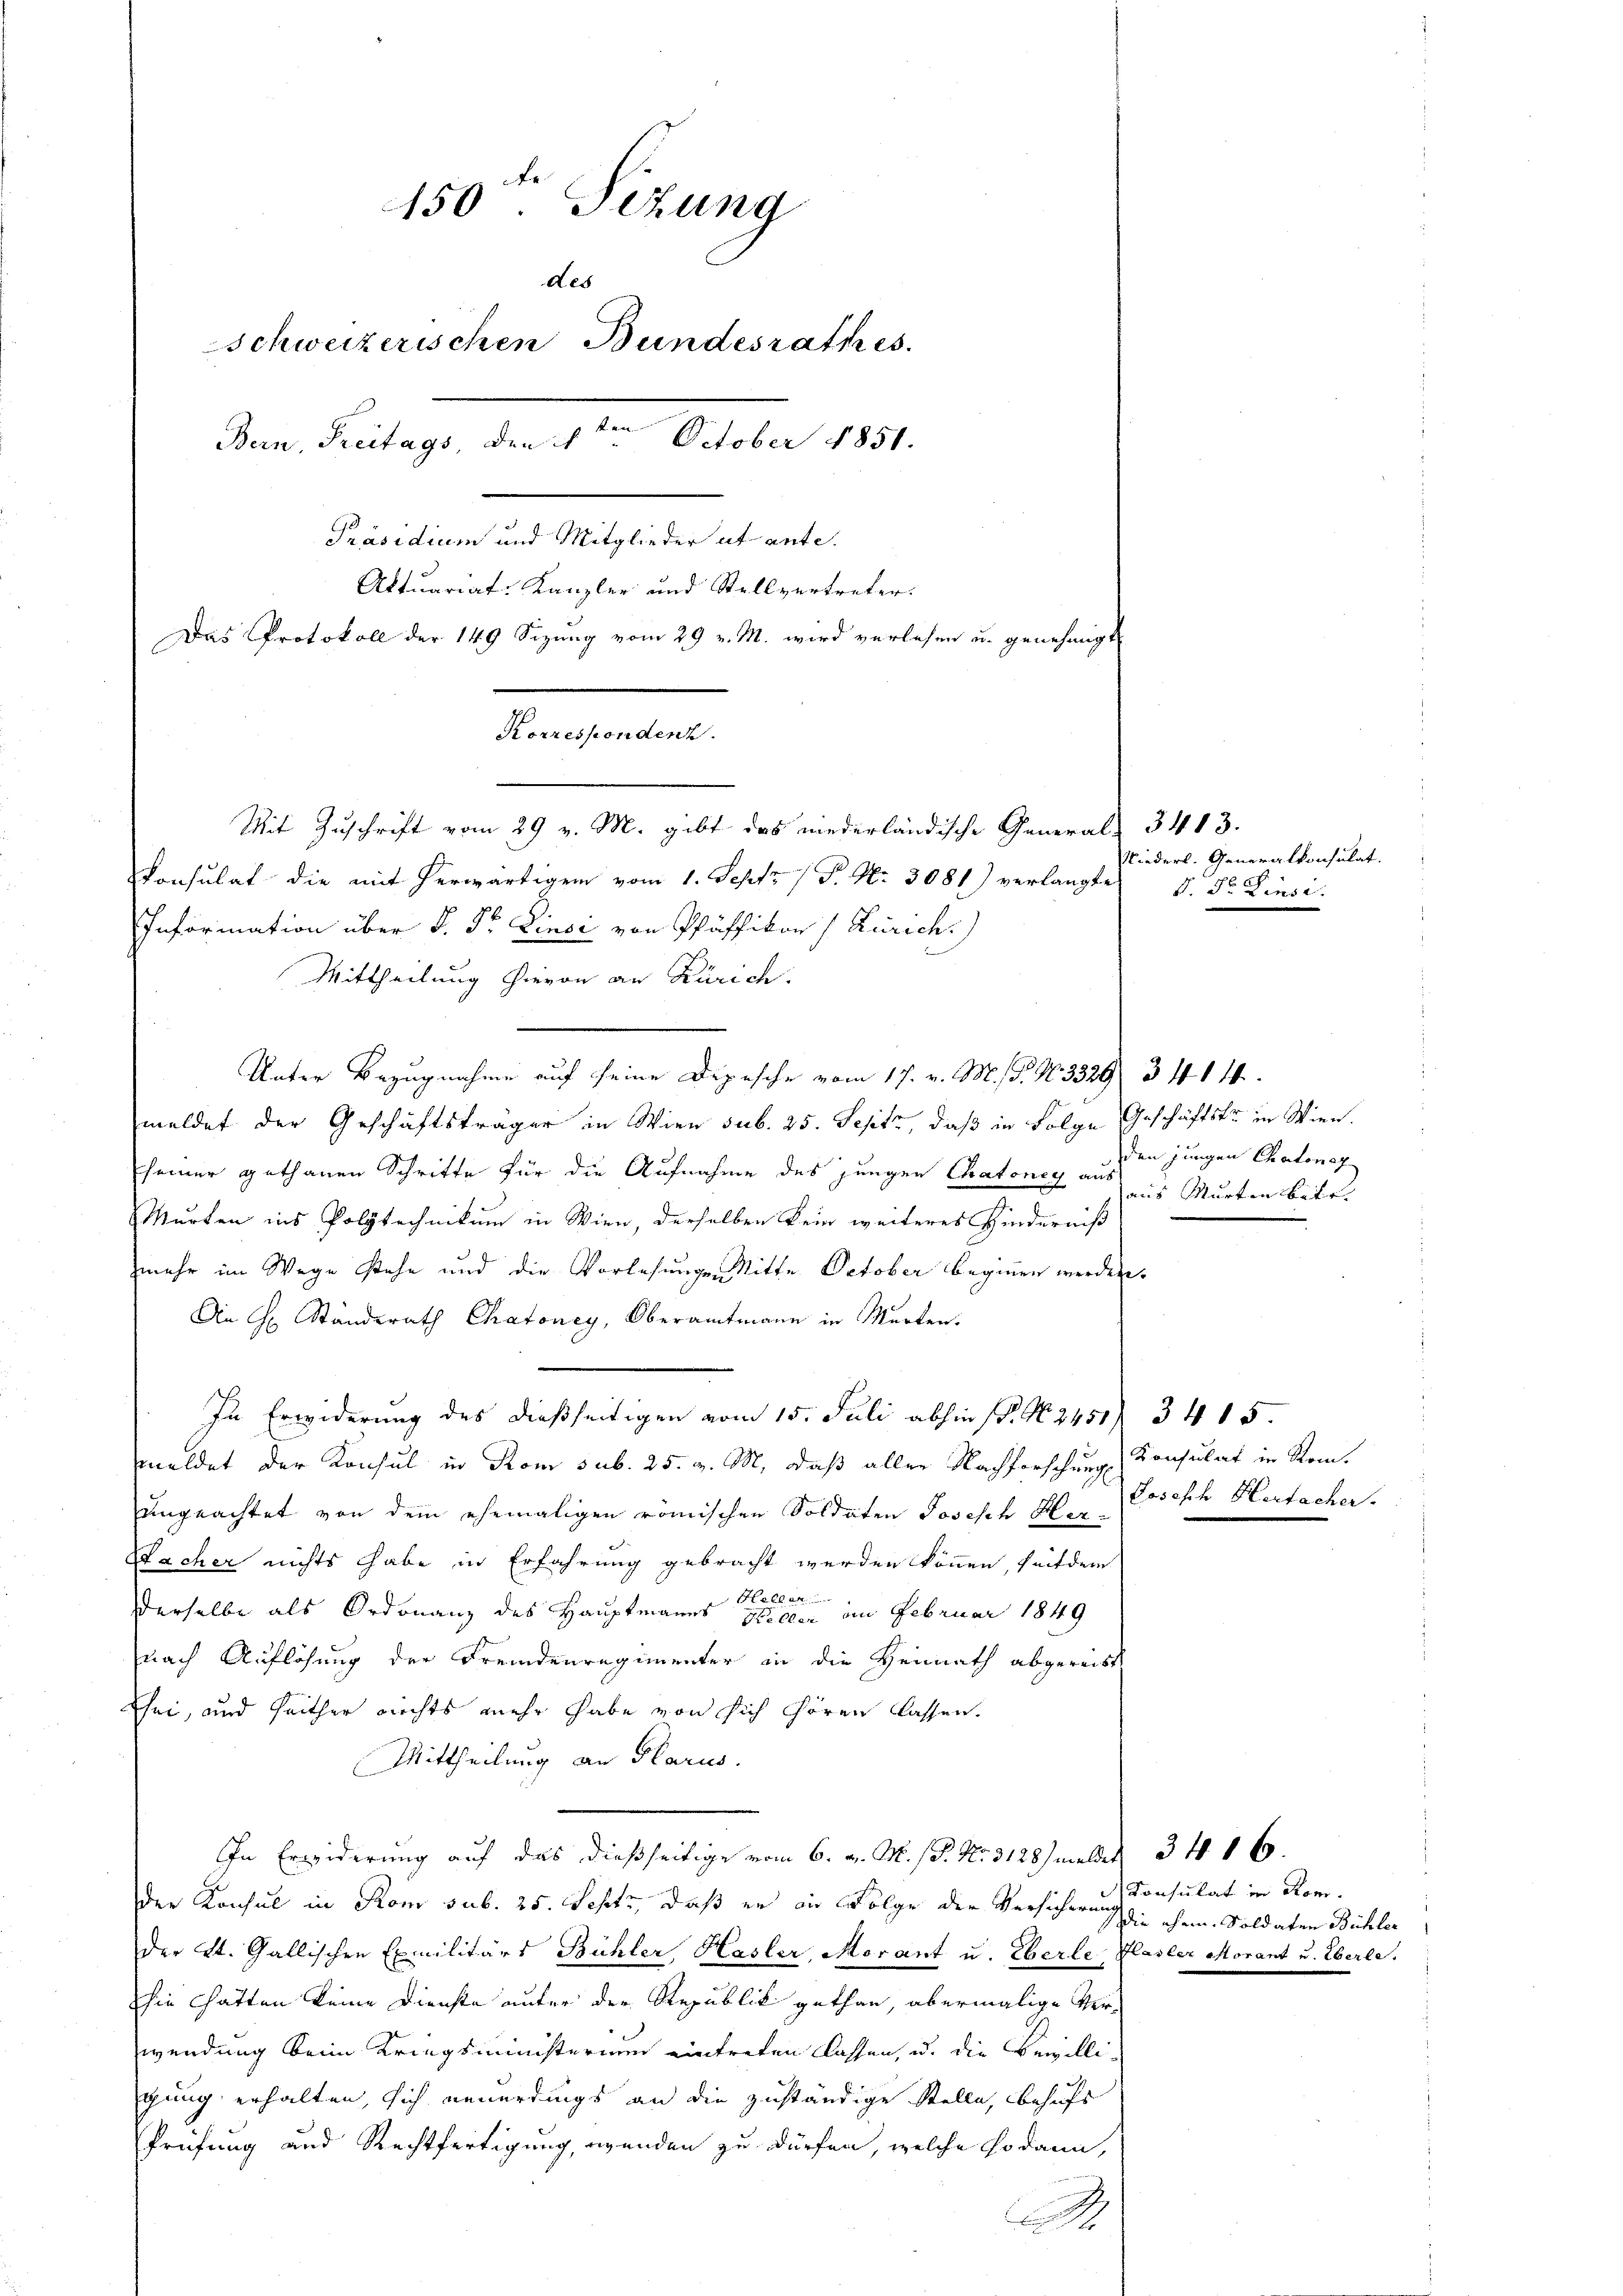
150ten Sizung
des
Schweizerischen Bundesrathes.
den Deutung, der den October 1891.
Präsidium und Mitglieder et ante.
Aktuariat-Kanzler und Stellvertreter:
Das Protokoll der 149 Sizung vom 29 v. M. wird verlesen u. genehmigt

Korrespondenz
Mit Zuschrift vom 29 v. M. gibt das niederländische General- 3413.

Konsulat die mit herwärtigen vom 1. Sept. 1 P. Nr. 3081) verlangte S. Sr. Einsi
Information über d. Dr. Einsi von Pfäffikon (Zürich.)
Mittheilung hievon an Zürich.
Unter Bezugnahme auf seine Depesche vom 17. v. M. G. No. 3329/ 3414.
meldet der Geschäftsträger in Wien sub. 25. Septz, daß in Folge Geschäftsfr. in Wien.
seiner gethanen Schritte für die Aufnahme des jungen Chatoney aus
Murten ins Polytechnikum in Wien, derselben kein weiteres Hinderniß
mehr im Wege stehe und die Vorlesungen Mitte October beginnen werden.
Die H. Standsrath Chatoney, Oberamtmann in Marten.
In Erwiderung des dießseitigen vom 15. Juli abhin (P. N. 2451 34 15.
meldet der Konsul in Rom sub. 25. v. M., daß aller Nachforschung
ungeachtet von dem ehemaligen römischen Soldaten Joseph Her¬
Sacher nichts habe in Erfahrung gebracht werden können, seitdem
Heller
derselbe als Ordonanz des Hauptmanns Heller im Februar 1849
nach Auflösung der Fremdenregimenter in die Heimath abgereist
sei, und seither nichts mehr habe von sich hören lassen.
Mittheilung an Glarus.
In Erwiderung auf das dießseitige vom 6. v. M. (S. Nr. 3128) meldes 3 f 16.
der Konsul in Rom sub. 25. Sept, daß er in Folge der Versicherung d. ehem. Soldaten Bühler
der St. Gallischen Exmilitärs Bühler, Hasler, Morant u. Eberle, Plasler Morant u. Eberle,
sie hätten keine Dienste unter der Republik gethan, abermalige Ver-
wendung beim Kriegsministerium eintreten lassen, u. die Bewilli-
gung erhalten, sich neuerdings an die zuständige Stelle, behufs
Prüfung und Rechtfertigung, wenden zu dürfen, welche sodann,
e

Niederl. Generalkonsulat.

den jungen Chatone
aus Murten betr.

Konsulat in Rom.
Joseph Hertacher.

Konsulat in Rom.